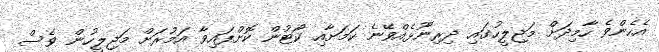
އެހެންވެ ހާމިދަށް މަޖިލީހުގައި ދިރިނޫޅެއްވޭނެ ކަމަށާއި ކޯޓުން ކޮށްފައިވާ އަމުރަށް މަޖިލީހުން ވެސް